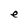
Character: e